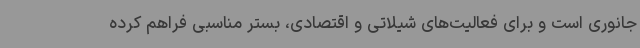
جانوری است و برای فعالیت‌های شیلاتی و اقتصادی، بستر مناسبی فراهم کرده